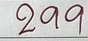
299